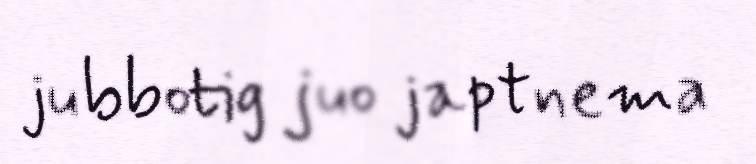
jubbotig juo japtnema